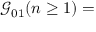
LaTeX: { \mathcal G } _ { 0 1 } ( n \geq 1 ) =